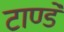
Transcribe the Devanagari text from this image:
टाण्डे